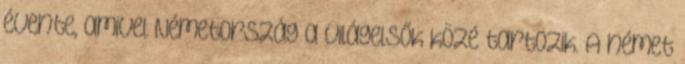
évente, amivel Németország a világelsők közé tartozik. A német